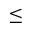
\leq